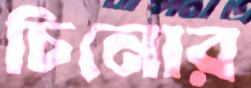
চিনোর